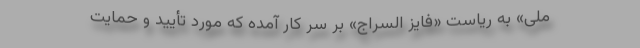
ملی» به ریاست «فایز السراج» بر سر کار آمده که مورد تأیید و حمایت